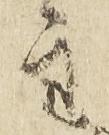
主